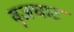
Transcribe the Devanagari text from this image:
वॄजघाट